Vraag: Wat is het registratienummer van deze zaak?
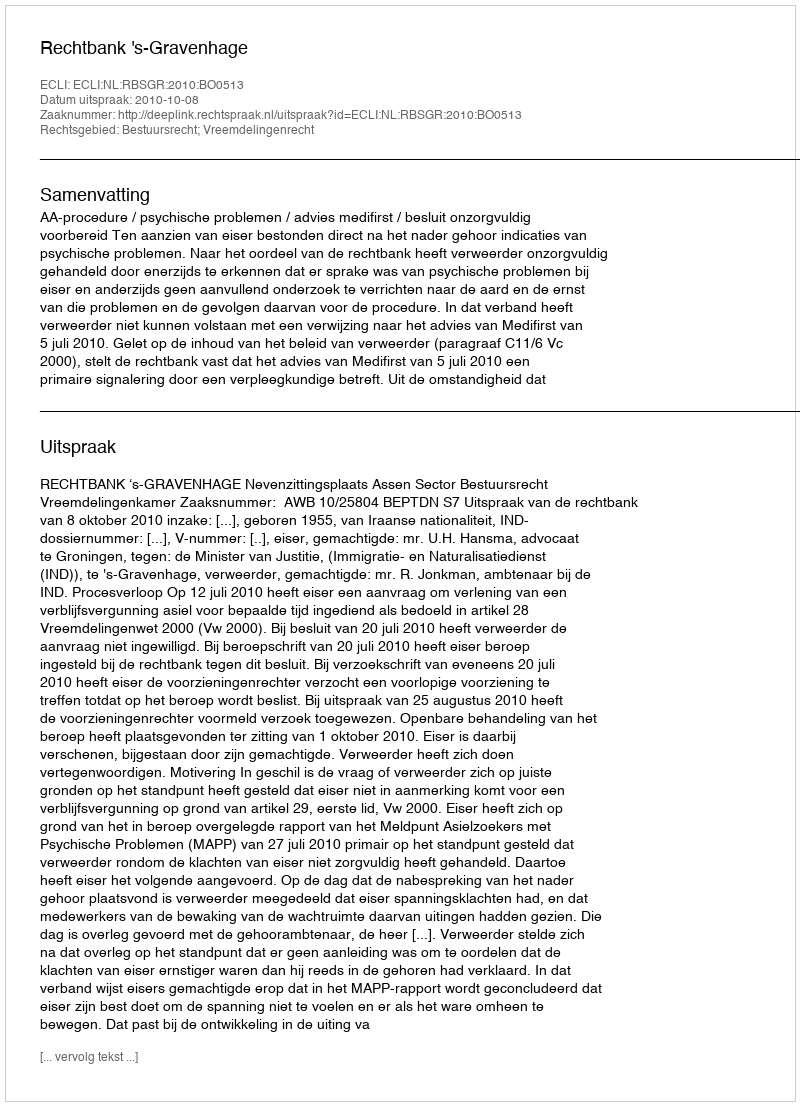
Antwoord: http://deeplink.rechtspraak.nl/uitspraak?id=ECLI:NL:RBSGR:2010:BO0513